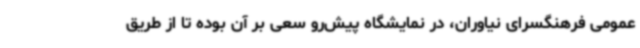
عمومی فرهنگسرای نیاوران، در نمایشگاه پیش‌رو سعی بر آن بوده تا از طریق